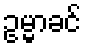
ဥမ္မာခင်